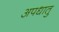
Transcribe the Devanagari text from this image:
अपधातु